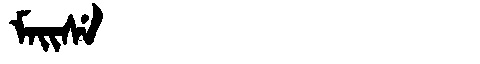
Manchu: ᠮᠠᡳᠰᡝ
Romanization: MAISE